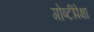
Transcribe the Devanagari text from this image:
गोष्टींपेक्षा